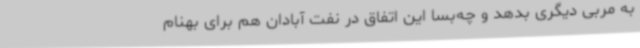
به مربی دیگری بدهد و چه‌بسا این اتفاق در نفت آبادان هم برای بهنام